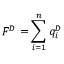
F ^ { D } = \sum _ { i = 1 } ^ { n } q _ { i } ^ { D }